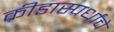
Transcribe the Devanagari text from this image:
क्रीडास्पर्धांचे